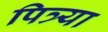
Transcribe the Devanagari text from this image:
पित्र्या